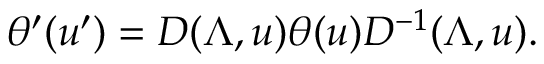
\theta ^ { \prime } ( u ^ { \prime } ) = D ( \Lambda , u ) \theta ( u ) D ^ { - 1 } ( \Lambda , u ) .